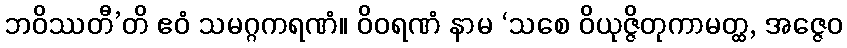
ဘဝိဿတီ’တိ ဧဝံ သမဂ္ဂကရဏံ။ ဝိဝရဏံ နာမ ‘သစေ ဝိယုဇ္ဇိတုကာမတ္ထ, အဇ္ဇေဝ